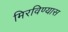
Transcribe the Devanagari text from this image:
मिरविण्यास